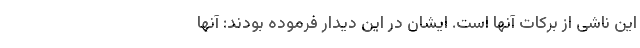
این ناشی از برکات آنها است. ایشان در این دیدار فرموده بودند: آنها